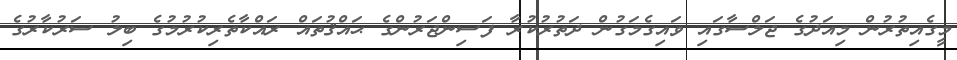
މީގެއިތުރުން މިއަދުގެ ޖަލްސާގައި ވައިގެމަގުން ދަތުރުކުރާ ފަސިންޖަރުންގެ ޙައްޤުތައް ރައްކާތެރިކުރުމުގެ ބިލު ސަރުކާރުގެ